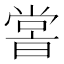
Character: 𡮢